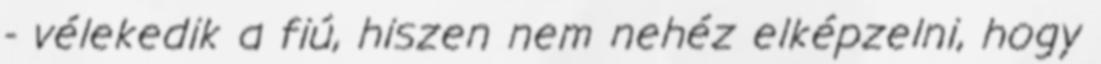
- vélekedik a fiú, hiszen nem nehéz elképzelni, hogy